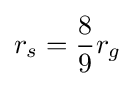
r_{s}={\frac {8}{9}}r_{g}